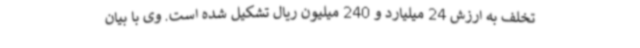
تخلف به ارزش 24 میلیارد و 240 میلیون ریال تشکیل شده است. وی با بیان